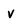
Character: v